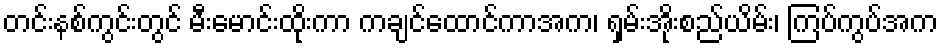
တင်းနစ်ကွင်းတွင် မီးမောင်းထိုးကာ ကချင်ထောင်ကာအက၊ ရှမ်းအိုးစည်ယိမ်း၊ ကြပ်ကွပ်အက